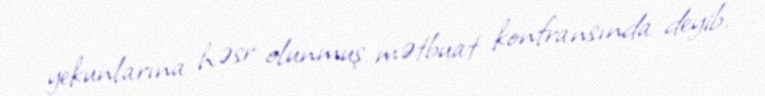
yekunlarına həsr olunmuş mətbuat konfransında deyib.